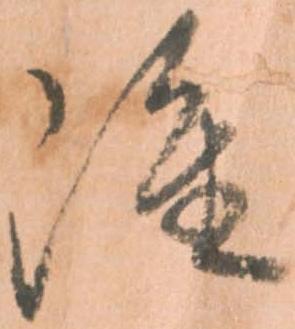
雖